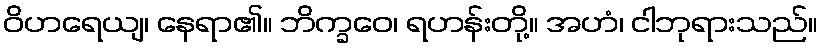
ဝိဟရေယျ၊ နေရာ၏။ ဘိက္ခဝေ၊ ရဟန်းတို့။ အဟံ၊ ငါဘုရားသည်။